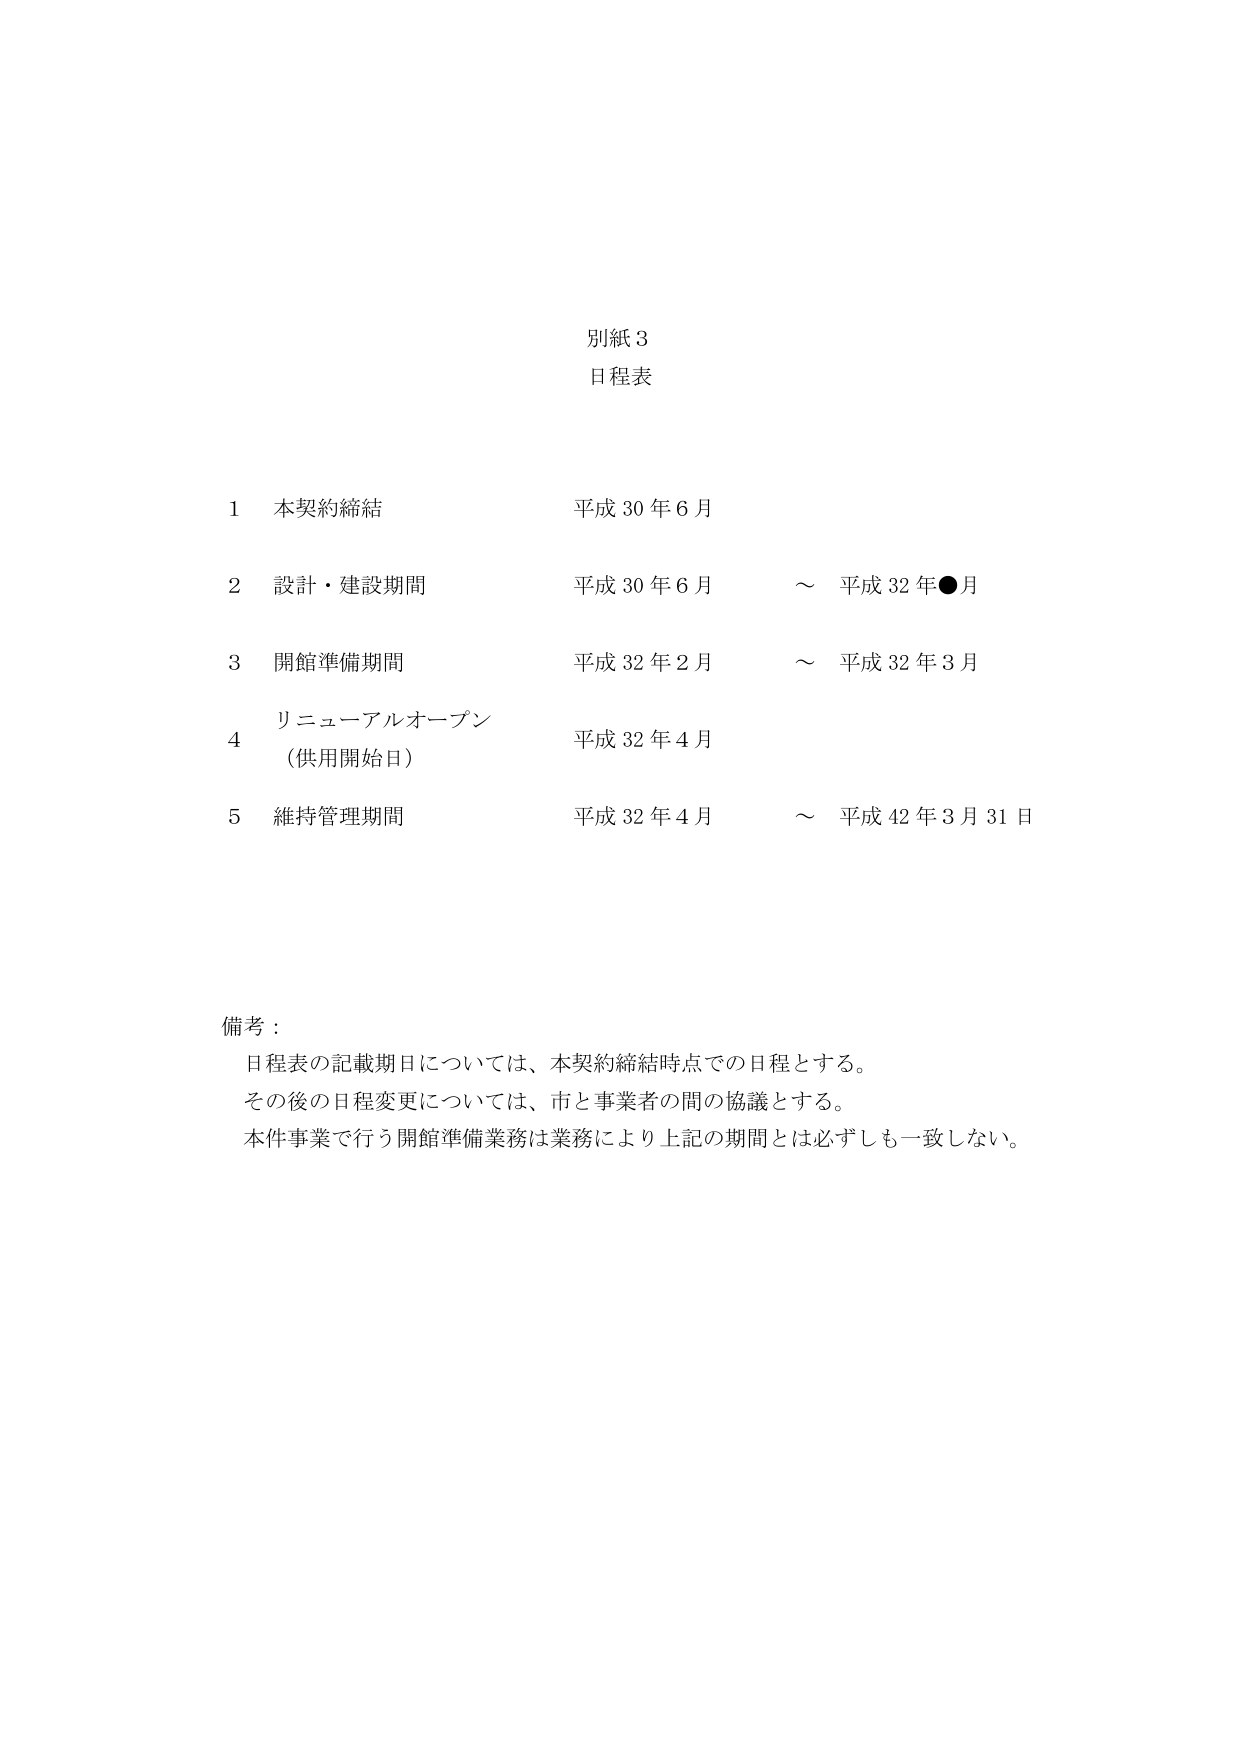
別紙３
日程表

1 本契約締結 平成30年6月
2 設計・建設期間 平成30年6月 ～ 平成32年●月
3 開館準備期間 平成32年2月 ～ 平成32年3月
4 リニューアルオープン 平成32年4月
（供用開始日）
5 維持管理期間 平成32年4月 ～ 平成42年3月31日

備考：
日程表の記載期日については、本契約締結時点での日程とする。
その後の日程変更については、市と事業者の間の協議とする。
本件事業で行う開館準備業務は業務により上記の期間とは必ずしも一致しない。